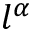
l ^ { \alpha }